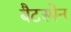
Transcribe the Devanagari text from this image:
बैटस्मेन